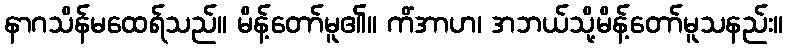
နာဂသိန်မထေရ်သည်။ မိန့်တော်မူ၏။ ကိံအာဟ၊ အဘယ်သို့မိန့်တော်မူသနည်း။